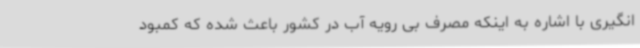
انگیری با اشاره به اینکه مصرف بی رویه آب در کشور باعث شده که کمبود